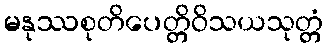
မနုဿစုတိပေတ္တိဝိသယသုတ္တံ